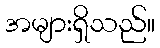
အများရှိသည်။